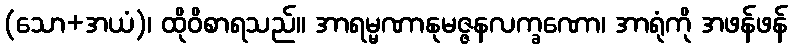
(သော+အယံ)၊ ထိုဝိစာရသည်။ အာရမ္မဏာနုမဇ္ဇနလက္ခဏော၊ အာရုံကို အဖန်ဖန်